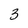
Character: 3